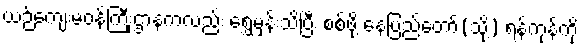
ယဉ်ကျေးမဝန်ကြီးှဌာနကလည်း ရွှေမှန်းသိပြီး စစ်ဖို့ နေပြည်တော်(သို့) ရန်ကုန်ကို